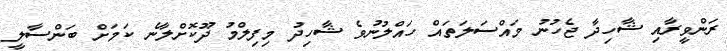
ރަންވީރާއި ޝާހިދާ ޖެހުނު މައްސަލަތައް ހައްލުނުވެ ޝާހިދު މިފިލްމު ދޫކޮށްލާނެ ކަމަށް ބަންސާލީ